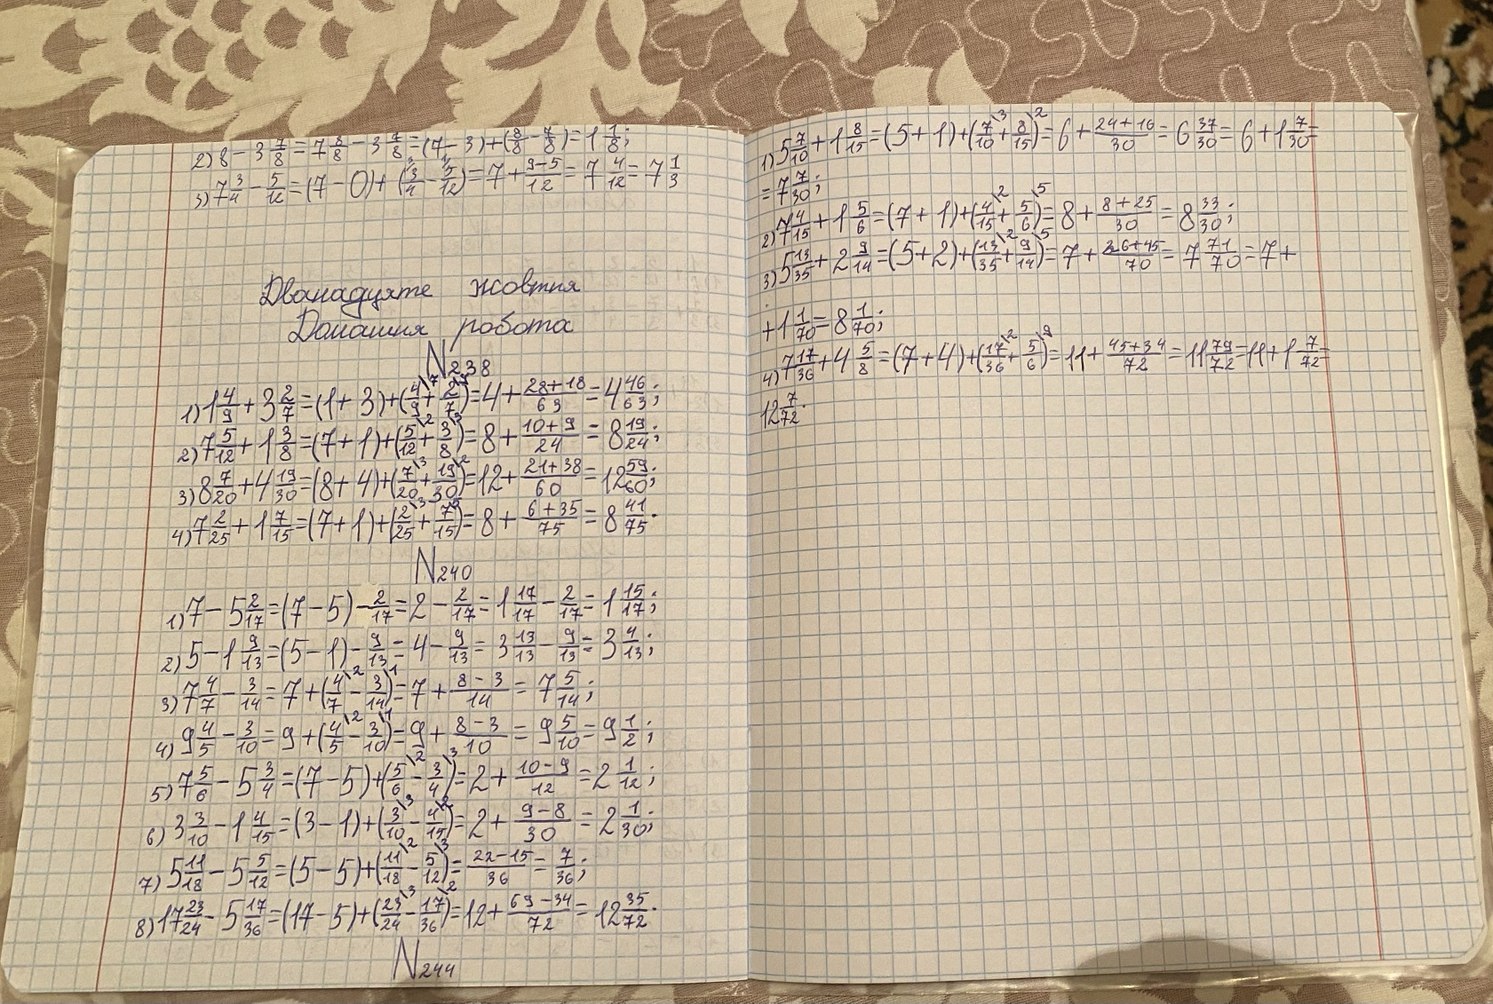
1) 5 7/10 + 1 8/15 = (5 + 1) + (7^3/10 + 8^2/15) = 6 + (21 + 16)/30 = 6 37/30 = 6 + 1 7/30 =
2) 8 - 3 7/8 = 7 8/8 - 3 7/8 = (7 - 3) + (8/8 - 7/8) = 4 1/8;
2) 8 - 3 5/8 = 7 8/8 - 3 5/8 = (7 - 3) + (8/8 - 5/8) = 4 + 3/8 = 4 3/8
= 7 7/30;
= 7 1/30;
Дванадцяте жовтня
+ 1 1/70 = 8 1/70;
Домашня робота
+ 1 1/70 = 8 1/70;
4) 7 7/36 + 1 1/8 + (7 - 1 1/36 - 6) + 11/72 = 11 72/72 + 1 9/72 + 12 7/72
1) 1 4/9 + 3 2/7 = (1 + 3) + (4/9\^7 + 2/7\^9) = 4 + (28 + 18)/63 = 4 46/63;
2) 7 5/12 + 1 3/8 = (7 + 1) + (5/12 + 3/8) = 8 + (10 + 9)/24 = 8 19/24;
3) 8 7/20 + 4 19/30 = (8 + 4) + (7/20 + 19/30) = 12 + (21 + 38)/60 = 12 59/60;
4) 7 2/25 + 1 7/15 = (7 + 1) + (2/25 + 7/15) = 8 + (6 + 35)/75 = 8 41/75.
N240
1) 7 - 5 2/17 = (7 - 5) - 2/17 = 2 - 2/17 = 1 17/17 - 2/17 = 1 15/17;
2) 5 - 1 9/13 = (5 - 1) - 9/13 = 4 - 9/13 = 3 13/13 - 9/13 = 3 4/13;
3) 7 4/7 - 3/14 = 7 + (4\2/7 - 3\1/14) = 7 + (8 - 3)/14 = 7 5/14;
4) 9 4/5 - 3/10 = 9 + (4^\2/5 - 3^\1/10) = 9 + (8 - 3)/10 = 9 5/10 = 9 1/2;
4) 7 5/6 - 5 3/4 = (7 - 5) + (5/6\^2 - 3/4\^3) = 2 + (10 - 9)/12 = 2 1/12;
5) 7 5/6 - 5 4/9 = (7 - 5) + (5/6 - 4/9) = 2 + (15-8)/18 = 2 7/18;
7) 5 11/18 - 5 5/12 = (5 - 5) + (11/18 - 5/12) = (22 - 15)/36 = 7/36;